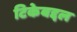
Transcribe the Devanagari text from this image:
टिकेबद्दल